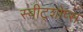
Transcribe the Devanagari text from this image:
स्वीट्शोप्स